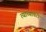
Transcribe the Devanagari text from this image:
त्याच्यावरी